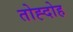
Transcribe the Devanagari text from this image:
तोह्दोह